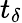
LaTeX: t_{\delta}